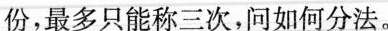
三份，最多只能称三次，问如何分法。